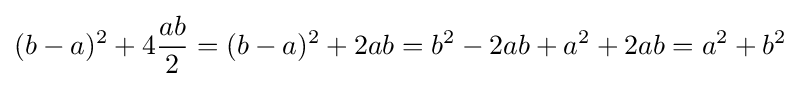
(b-a)^{2}+4{\frac {ab}{2}}=(b-a)^{2}+2ab=b^{2}-2ab+a^{2}+2ab=a^{2}+b^{2}